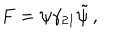
LaTeX: F = \psi \gamma _ { 2 1 } \tilde { \psi } \, ,